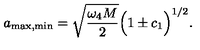
a _ { \mathrm { m a x , m i n } } = \sqrt { \frac { \omega _ { 4 } M } { 2 } } \Big ( 1 \pm c _ { 1 } \Big ) ^ { 1 / 2 } .